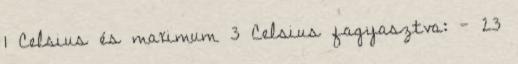
1 Celsius és maximum 3 Celsius fagyasztva: - 23